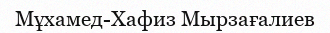
Мұхамед-Хафиз Мырзағалиев